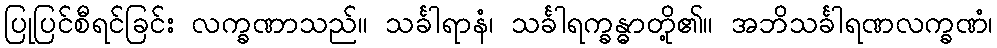
ပြုပြင်စီရင်ခြင်း လက္ခဏာသည်။ သင်္ခါရာနံ၊ သင်္ခါရက္ခန္ဓာတို့၏။ အဘိသင်္ခါရဏလက္ခဏံ၊